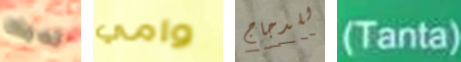
لديك وامي للدجاج (Tanta)